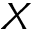
X